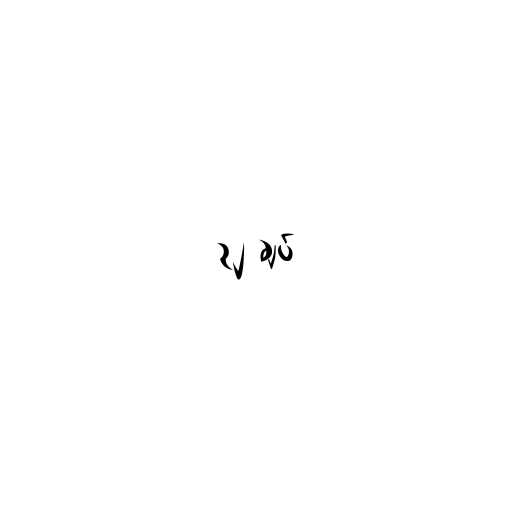
၃၂ ချပ်